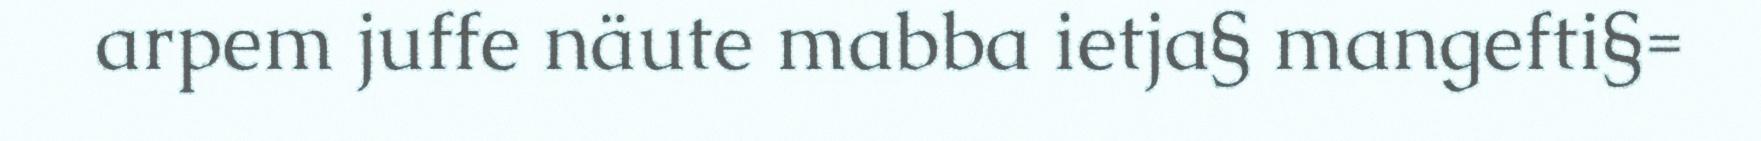
arpem juffe näute mabba ietja§ mangefti§=